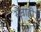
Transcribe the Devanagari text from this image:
सेनाही